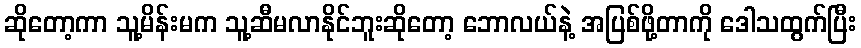
ဆိုတော့ကာ သူ့မိန်းမက သူ့ဆီမလာနိုင်ဘူးဆိုတော့ ဘောလယ်နဲ့ အပြစ်ဖို့တာကို ဒေါသထွက်ပြီး